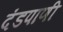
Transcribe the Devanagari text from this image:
दंडपाणी